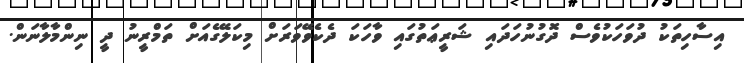
އިސާހިތަކު ދުވަހަކުވެސް ދޮގުނުހަދައި ޝަރީޢަތުގައި ވާހަކަ ދެކެވޭވަރަށް މިކަލޭގެއަށް ތަމްރީނު ދީ ނިންމާލާނަން.